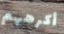
أكرههم